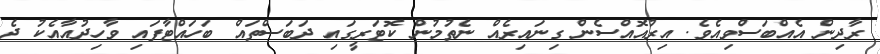
ރާދިން އެއްބަސްވިއެވެ. އިރުއޮއްސެން ގިނައިރެއް ނެތުމުން ކޮޓަރީގައި ދަބަސްތައް ބަހައްޓާފައި ވާހިދުއާއެކު ދެ